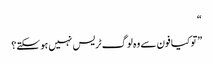
“
”تو کیا فون سے وہ لوگ ٹریس نہیں ہو سکتے؟